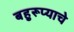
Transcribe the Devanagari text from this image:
बहुरूप्याचे